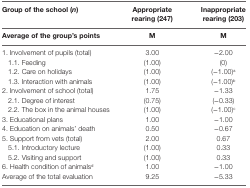
| Group of the school (n) | Appropriate rearing (247) | Inappropriate rearing (203) |
 | Average of the group’s points | M | M |
 | --- | --- | --- |
 | 1. Involvement of pupils (total) | 3.00 | −2.00 |
 | 1.1. Feeding | (1.00) | (0) |
 | 1.2. Care on holidays | (1.00) | (−1.00)a |
 | 1.3. Interaction with animals | (1.00) | (−1.00)b |
 | 2. Involvement of school (total) | 1.75 | −1.33 |
 | 2.1. Degree of interest | (0.75) | (−0.33) |
 | 2.2. The box in the animal houses | (1.00) | (−1.00)c |
 | 3. Educational plans | 1.00 | −1.00 |
 | 4. Education on animals’ death | 0.50 | −0.67 |
 | 5. Support from vets (total) | 2.00 | 0.67 |
 | 5.1. Introductory lecture | (1.00) | 0.33 |
 | 5.2. Visiting and support | (1.00) | 0.33 |
 | 6. Health condition of animalsd | 1.00 | −1.00 |
 | Average of the total evaluation | 9.25 | −5.33 |